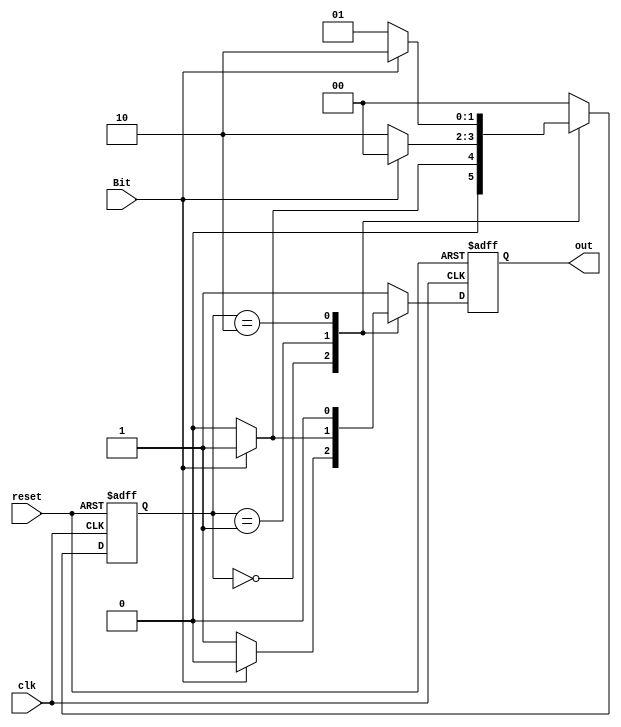
`timescale 1ns / 1ps
//////////////////////////////////////////////////////////////////////////////////
// Group 2
// Name : Anurat Bhattacharya (19CS10071 ), Sunanda Mandal(19CS10060)
// 
// Design Name: 
// Module Name:    multiple3 
// Project Name: Multiple of 3 detector
// Target Devices: 
// Tool versions: 
// Description: 
//
// Dependencies: 
//
// Revision: 
// Revision 0.01 - File Created
// Additional Comments: 
//
//////////////////////////////////////////////////////////////////////////////////
module multiple3(
	input clk,
	input Bit,
	input reset,
	output reg out );
	
	reg [1:0] state;
	parameter[1:0] P0=2'b0,P1=2'b1,P2=2'b10; //states
	
	always @(posedge clk or posedge reset)
	begin
		if(reset)
		begin   //reset
			state <= P0;
			out <= 1'b1;
		end
		else
		begin			
			case(state)			
				P0:
				begin
					if(Bit)
						begin
						state <= P1;   //0*2+1 = 1 mod 3
						out <= 1'b0;   
						end
					else
						begin
						state <= P0;  //0*2 + 0 = 0 mod 3
						out <= 1'b1;
						end
				end
				P1:
				begin
					if(Bit)
					begin
						state <= P0;  //1*2+1 = 0 mod 3
						out <= 1'b1;
					end
					else
					begin
						state <= P2;  //1*2+0 = 2 mod 3
						out <= 1'b0;
					end
				end
				P2:
				begin
					if(Bit)
					begin
						state<=P2;  //2*2+1 = 5 = 2 mod 3
						out<=1'b0;
					end
					else
					begin
						state<=P1;  //2*2+0 = 4 = 1 mod 3
						out<=1'b0;
					end
				end
				default:
				begin
					state <= P0;   //set to reset state
					out <= 1'b1;
				end
			endcase			
		end
	end

endmodule